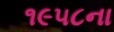
૧૯૫૮ના